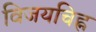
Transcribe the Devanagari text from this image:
विजयचिह्न